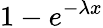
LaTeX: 1-e^{-\lambda x}